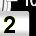
Digit: 2